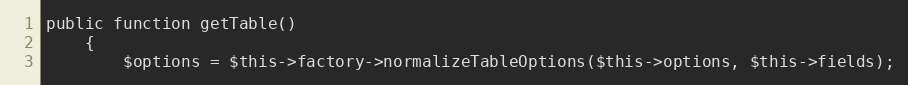
Language: PHP
public function getTable()
    {
        $options = $this->factory->normalizeTableOptions($this->options, $this->fields);